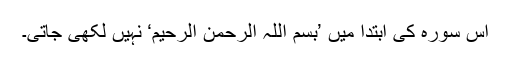
اِس سورہ کی ابتدا میں ’بسم اللہ الرحمن الرحیم‘ نہیں لکھی جاتی۔